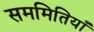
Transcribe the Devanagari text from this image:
सममितियाँ